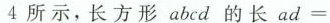
4所示，长方形abcd的长ad=